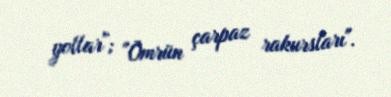
yollar"; "Ömrün çarpaz rakursları".